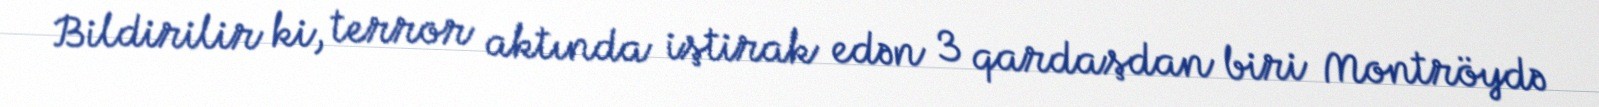
Bildirilir ki, terror aktında iştirak edən 3 qardaşdan biri Montröydə